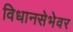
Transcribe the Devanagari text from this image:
विधानसेभेवर